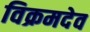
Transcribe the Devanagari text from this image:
विक्रमदेव